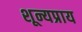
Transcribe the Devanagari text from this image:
शून्यप्राय